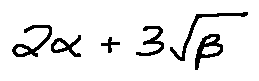
2 \alpha + 3 \sqrt { \beta }